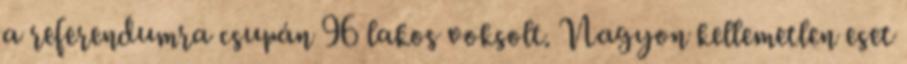
a referendumra csupán 96 lakos voksolt. Nagyon kellemetlen eset